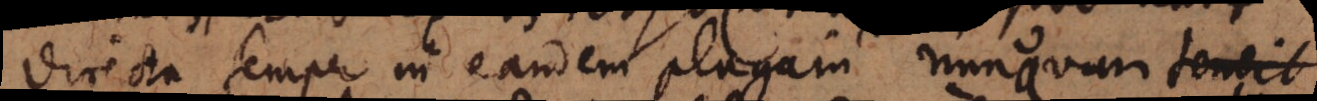
directa semper in eandem plagam nunquam tendit